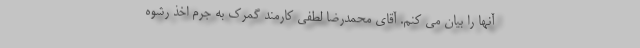
آنها را بیان می کنم. آقای محمدرضا لطفی کارمند گمرک به جرم اخذ رشوه